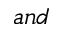
a n d